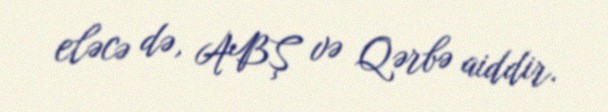
eləcə də, ABŞ və Qərbə aiddir.